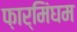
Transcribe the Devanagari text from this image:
फ़ार्मिंघम